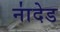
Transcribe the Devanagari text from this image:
ना॑देड